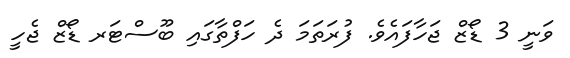
ވަނީ 3 ޑޯޒް ޖަހާފައެވެ. ފުރަތަމަ ދެ ހަފްތާގައި ބޫސްޓަރ ޑޯޒް ޖެހީ